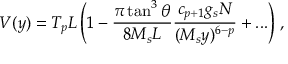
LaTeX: V ( y ) = T _ { p } L \left( 1 - \frac { \pi \tan ^ { 3 } \theta } { 8 M _ { s } L } \frac { c _ { p + 1 } g _ { s } N } { ( M _ { s } y ) ^ { 6 - p } } + . . . \right) \, ,